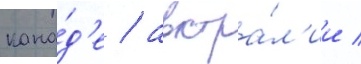
кана́д'е / австра́л'ии /